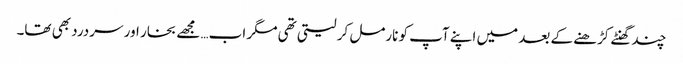
چند گھنٹے کڑھنے کے بعد میں اپنے آپ کو نارمل کر لیتی تھی مگر اب… مجھے بخار اور سردرد بھی تھا۔